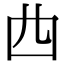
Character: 𠁤